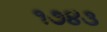
૧૭૪૩